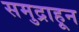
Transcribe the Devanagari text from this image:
समुद्राहून